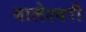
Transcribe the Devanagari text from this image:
बालेश्वरी